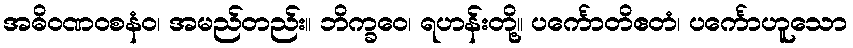
အဓိဝဏဝစနံဝ၊ အမည်တည်း။ ဘိက္ခဝေ၊ ရဟန်းတို့။ ပင်္ကောတိဧတံ၊ ပင်္ကောဟူသော